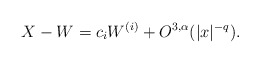
\begin{align*}X - W = c_i W^{(i)} + O^{3,\alpha}(|x|^{-q}). \end{align*}